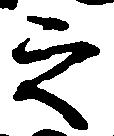
之